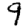
Digit: 9